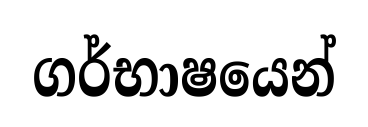
ගර්භාෂයෙන්